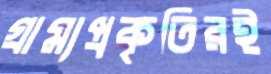
গ্রাম্যপ্রকৃতিরই